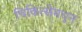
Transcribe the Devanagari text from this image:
चिकित्सेमधून